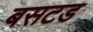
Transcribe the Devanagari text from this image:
बसटड